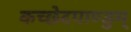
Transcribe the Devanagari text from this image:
कच्छेदपाण्डुम्